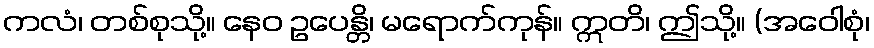
ကလံ၊ တစ်စုသို့။ နေဝ ဥပေန္တိ၊ မရောက်ကုန်။ ဣတိ၊ ဤသို့။ (အဝေါစုံ၊